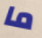
ما